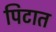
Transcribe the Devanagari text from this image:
पिटात